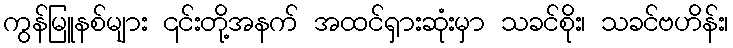
ကွန်မြူနစ်များ ၎င်းတို့အနက် အထင်ရှားဆုံးမှာ သခင်စိုး၊ သခင်ဗဟိန်း၊